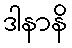
ဒါနာနိ